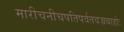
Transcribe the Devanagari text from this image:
मारीचनीचपतिपर्वतवज्रबाहोः